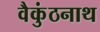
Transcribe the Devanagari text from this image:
वैकुंठनाथ